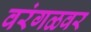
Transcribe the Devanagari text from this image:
वरंगळवर